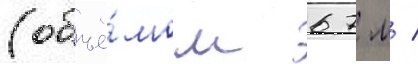
(объё́мом 67 м /